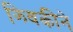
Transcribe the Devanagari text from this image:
झ्विकीने